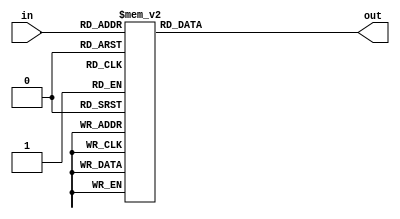
module S1 (in, out);
input [0:3] in;
output [0:1] out;
reg [0:1] out;

//assign out = {in[2-1], in[4-1]};  // todo: make lookup table
always@(in)
case(in)
	4'b0000: out = 2'b00;
	4'b0001: out = 2'b10;
	4'b0010: out = 2'b01;
	4'b0011: out = 2'b00;
	4'b0100: out = 2'b01;
	4'b0101: out = 2'b00;
	4'b0110: out = 2'b11;
	4'b0111: out = 2'b11;
	4'b1000: out = 2'b11;
	4'b1001: out = 2'b10;
	4'b1010: out = 2'b00;
	4'b1011: out = 2'b01;
	4'b1100: out = 2'b01;
	4'b1101: out = 2'b00;
	4'b1110: out = 2'b00;
	4'b1111: out = 2'b11;
	default: out = 2'b00;
endcase
endmodule